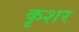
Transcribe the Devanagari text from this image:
कृशर